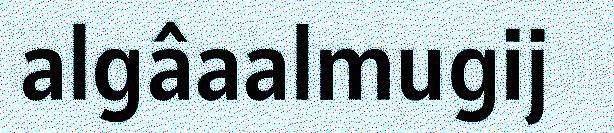
algâaalmugij